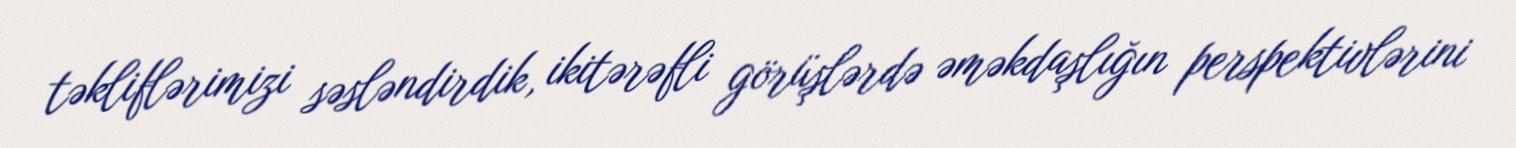
təkliflərimizi səsləndirdik, ikitərəfli görüşlərdə əməkdaşlığın perspektivlərini